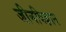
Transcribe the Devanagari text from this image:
जीनविज्ञान